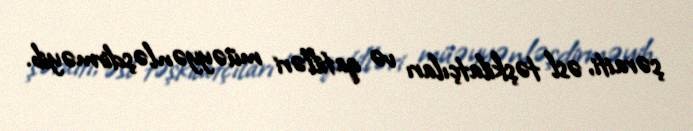
şəraiti, əsl təşkilatçıları və qatilləri müəyyənləşdirməyib.